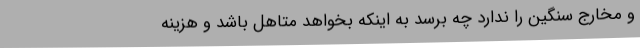
و مخارج سنگین را ندارد چه برسد به اینکه بخواهد متاهل باشد و هزینه